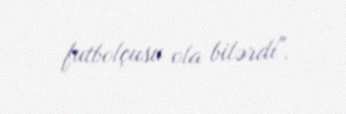
futbolçusu ola bilərdi".